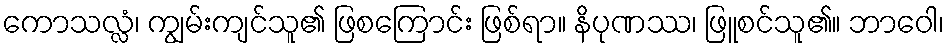
ကောသလ္လံ၊ ကျွမ်းကျင်သူ၏ ဖြစကြောင်း ဖြစ်ရာ။ နိပုဏဿ၊ ဖြူစင်သူ၏။ ဘာဝေါ၊